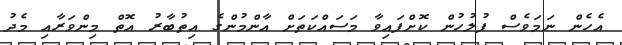
އެހެން ނަމަވެސް ފުލުހުން ކޮށްފައިވާ މަސައްކަތަށް އާންމުންގެ އިތުބާރު އޮތް މިންވަރާއި މެދު